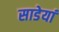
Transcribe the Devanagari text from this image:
साडेयां